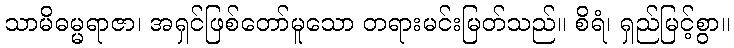
သာမိဓမ္မရာဇာ၊ အရှင်ဖြစ်တော်မူသော တရားမင်းမြတ်သည်။ စိရံ၊ ရှည်မြင့်စွာ။